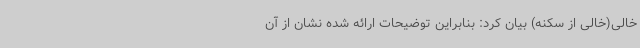
خالی(خالی از سکنه) بیان کرد: بنابراین توضیحات ارائه شده نشان از آن